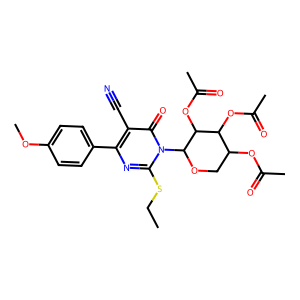
SMILES: CCSc1nc(-c2ccc(OC)cc2)c(C#N)c(=O)n1C1OCC(OC(C)=O)C(OC(C)=O)C1OC(C)=O
Inhibits HIV replication: No